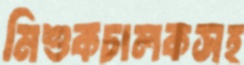
মিশুকচালকসহ